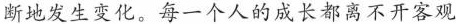
断地发生变化。每一个人的成长都离不开客观